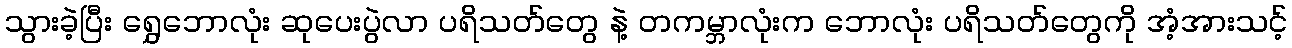
သွားခဲ့ပြီး ရွှေဘောလုံး ဆုပေးပွဲလာ ပရိသတ်တွေ နဲ့ တကမ္ဘာလုံးက ဘောလုံး ပရိသတ်တွေကို အံ့အားသင့်